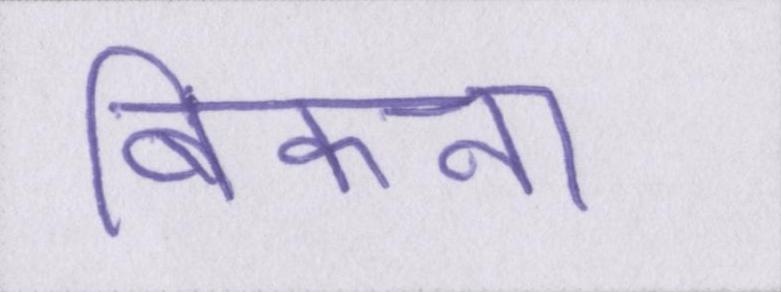
बिकना